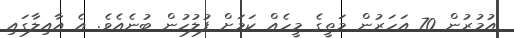
އުމުރުން 70 އަހަރުން މަތީގެ މީހެއް ކަމަށް ފުލުހުން ބުނެއެވެ. އެ އާއިލާގައި